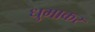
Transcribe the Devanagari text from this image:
धुमाकर